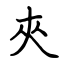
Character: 夾